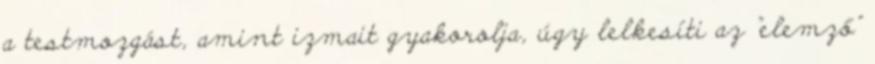
a testmozgást, amint izmait gyakorolja, úgy lelkesíti az "elemző"